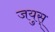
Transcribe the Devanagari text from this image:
जयुस्